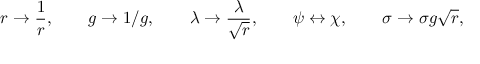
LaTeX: r \rightarrow \frac { 1 } { r } , \qquad g \rightarrow 1 / g , \qquad \lambda \rightarrow \frac { \lambda } { \sqrt { r } } , \qquad \psi \leftrightarrow \chi , \qquad \sigma \rightarrow \sigma g \sqrt { r } ,